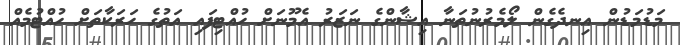
މަޑުމަޑުން އިނދެގެން ލޯމެރުނުތަނާ އިޝާންގެ ނަޒަރު އެމޫނަށް ހުއްޓިފައި އަތުގެ ހަރަކާތަށް ހުއްޓުމެއް